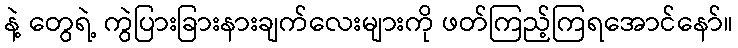
နဲ့ တွေရဲ့ ကွဲပြားခြားနားချက်လေးများကို ဖတ်ကြည့်ကြရအောင်နော်။